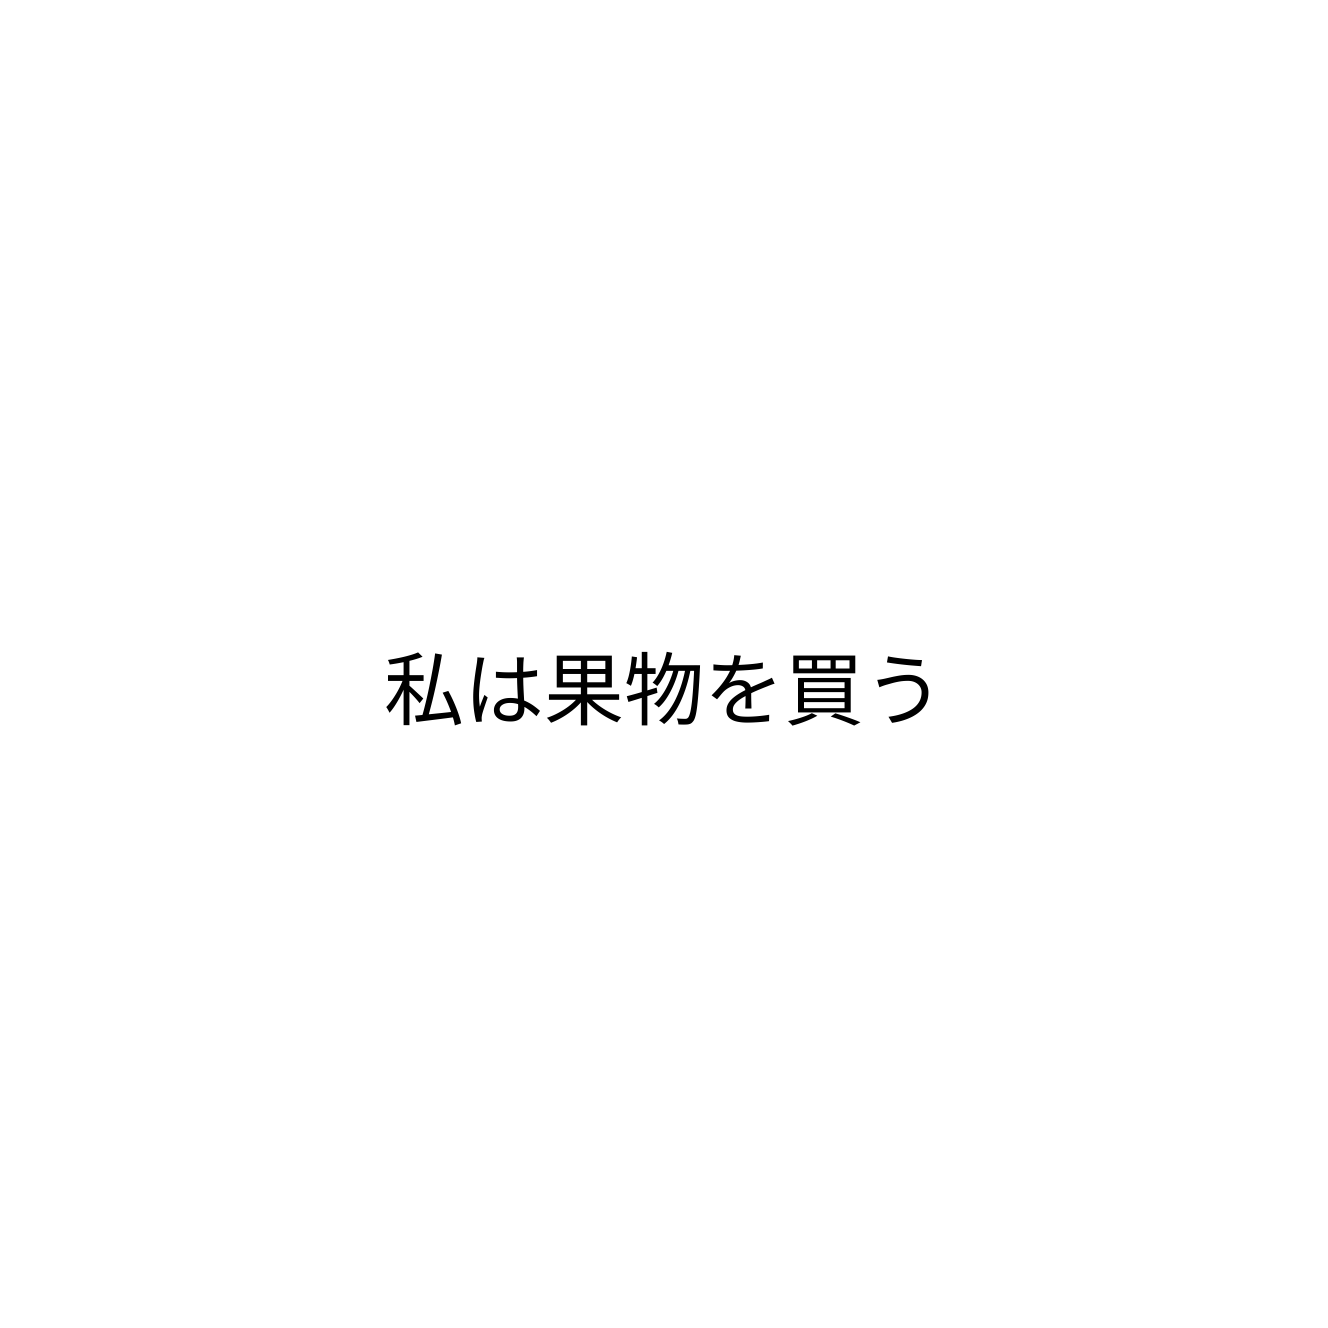
私は果物を買う